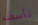
تأسف